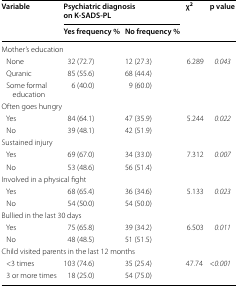
<table><thead><tr><td rowspan="2"><b>Variable</b></td><td colspan="2"><b>Psychiatric diagnosis on K-SADS-PL</b></td><td rowspan="2"><b>χ<sup>2</sup></b></td><td rowspan="2"><b>p value</b></td></tr><tr><td><b>Yes frequency %</b></td><td><b>No frequency %</b></td></tr></thead><tbody><tr><td colspan="5">Mother’s education</td></tr><tr><td> None</td><td>32 (72.7)</td><td>12 (27.3)</td><td>6.289</td><td><i>0.043</i></td></tr><tr><td> Quranic</td><td>85 (55.6)</td><td>68 (44.4)</td><td></td><td></td></tr><tr><td> Some formal education</td><td>6 (40.0)</td><td>9 (60.0)</td><td></td><td></td></tr><tr><td colspan="5">Often goes hungry</td></tr><tr><td> Yes</td><td>84 (64.1)</td><td>47 (35.9)</td><td>5.244</td><td><i>0.022</i></td></tr><tr><td> No</td><td>39 (48.1)</td><td>42 (51.9)</td><td></td><td></td></tr><tr><td colspan="5">Sustained injury</td></tr><tr><td> Yes</td><td>69 (67.0)</td><td>34 (33.0)</td><td>7.312</td><td><i>0.007</i></td></tr><tr><td> No</td><td>53 (48.6)</td><td>56 (51.4)</td><td></td><td></td></tr><tr><td colspan="5">Involved in a physical fight</td></tr><tr><td> Yes</td><td>68 (65.4)</td><td>36 (34.6)</td><td>5.133</td><td><i>0.023</i></td></tr><tr><td> No</td><td>54 (50.0)</td><td>54 (50.0)</td><td></td><td></td></tr><tr><td colspan="5">Bullied in the last 30 days</td></tr><tr><td> Yes</td><td>75 (65.8)</td><td>39 (34.2)</td><td>6.503</td><td><i>0.011</i></td></tr><tr><td> No</td><td>48 (48.5)</td><td>51 (51.5)</td><td></td><td></td></tr><tr><td colspan="5">Child visited parents in the last 12 months</td></tr><tr><td> &lt;3 times</td><td>103 (74.6)</td><td>35 (25.4)</td><td>47.74</td><td>&lt;<i>0.001</i></td></tr><tr><td> 3 or more times</td><td>18 (25.0)</td><td>54 (75.0)</td><td></td><td></td></tr></tbody></table>